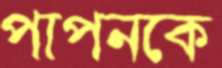
পাপনকে